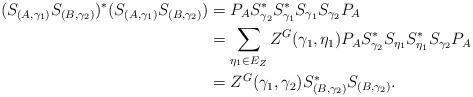
LaTeX: \begin{align*}( S_{(A,\gamma_1)} S_{(B,\gamma_2)})^*( S_{(A,\gamma_1)} S_{(B,\gamma_2)})& = P_A S_{\gamma_2}^* S_{\gamma_1}^* S_{\gamma_1} S_{\gamma_2}P_A \\& = \sum_{\eta_1 \in E_Z} Z^G(\gamma_1,\eta_1) P_A S_{\gamma_2}^* S_{\eta_1} S_{\eta_1}^* S_{\gamma_2}P_A \\ & = Z^G(\gamma_1,\gamma_2) S_{(B,\gamma_2)}^* S_{(B,\gamma_2)}.\end{align*}